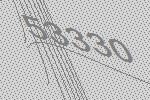
53330